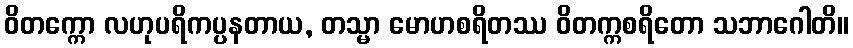
ဝိတက္ကော လဟုပရိကပ္ပနတာယ, တသ္မာ မောဟစရိတဿ ဝိတက္ကစရိတော သဘာဂေါတိ။